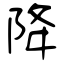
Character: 降